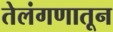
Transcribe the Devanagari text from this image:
तेलंगणातून